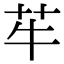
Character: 䒜